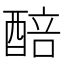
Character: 醅